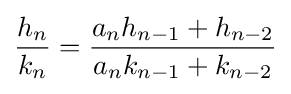
{\frac {h_{n}}{k_{n}}}={\frac {a_{n}h_{n-1}+h_{n-2}}{a_{n}k_{n-1}+k_{n-2}}}